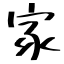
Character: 家